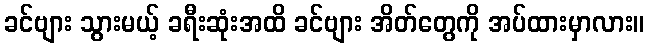
ခင်ဗျား သွားမယ့် ခရီးဆုံးအထိ ခင်ဗျား အိတ်တွေကို အပ်ထားမှာလား။